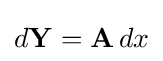
d\mathbf {Y} =\mathbf {A} \,dx